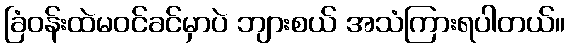
ခြံဝန်းထဲမဝင်ခင်မှာပဲ ဘျားစယ် အသံကြားရပါတယ်။